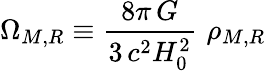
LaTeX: \Omega_{M,R}\equiv\frac{8\pi\, G}{3\, c^{2}H_{0}^{2}}\, \, \rho_{M,R}